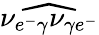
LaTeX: {\widehat{\nu_{e^{-}\gamma}\nu_{\gamma e^{-}}}}